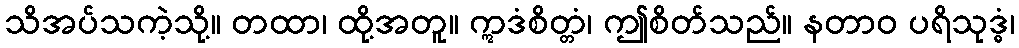
သိအပ်သကဲ့သို့။ တထာ၊ ထို့အတူ။ ဣဒံစိတ္တံ၊ ဤစိတ်သည်။ နတာဝ ပရိသုဒ္ဓံ၊